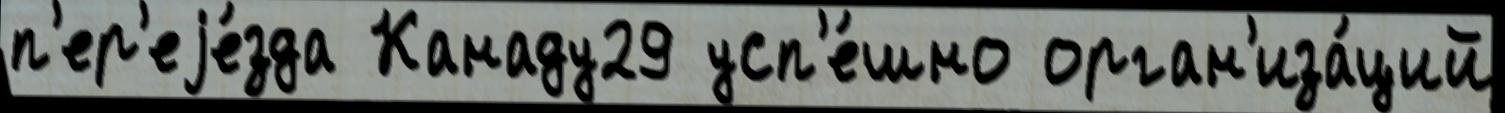
п'ер'еjе́зда Канаду29 усп'е́шно орган'иза́ций